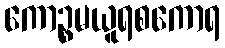
ကောဉ္စမယူရစကောရ